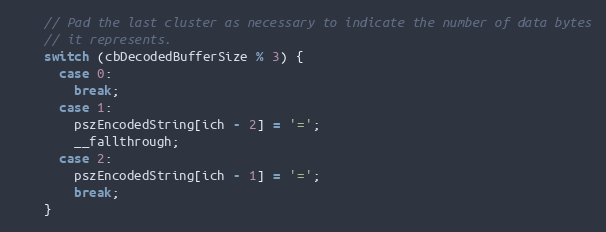
Language: C++
    // Pad the last cluster as necessary to indicate the number of data bytes
    // it represents.
    switch (cbDecodedBufferSize % 3) {
      case 0:
        break;
      case 1:
        pszEncodedString[ich - 2] = '=';
        __fallthrough;
      case 2:
        pszEncodedString[ich - 1] = '=';
        break;
    }